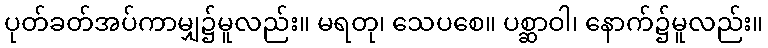
ပုတ်ခတ်အပ်ကာမျှ၌မူလည်း။ မရတု၊ သေပစေ။ ပစ္ဆာဝါ၊ နောက်၌မူလည်း။